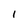
Character: 1